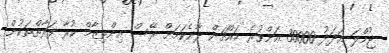
ޖުމްލަ އަދަދު 30000 އަށްވުރެ މައްޗަށް ދާނެކަމަށް ރޭސް އިންތިޒާމް ކުރާ ފަރާތްތަކުން